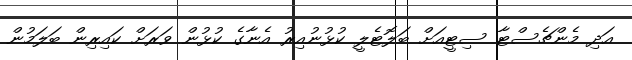
އަދި މެންޗެސްޓާ ސިޓީއަށް ބަލޮޓެލީ ކުޅުނުއިރު އެނާގެ ކުޅުން ވަރަށް ކައިރިން ބަލަމުން